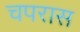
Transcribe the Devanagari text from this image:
चपरास